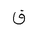
Letter: _qaf